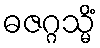
ဓဇဂ္ဂသ္မိံ